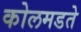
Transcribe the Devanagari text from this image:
कोलमडते